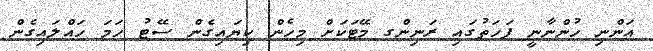
އަންނި ހުންނާނީ ފަހަތުގައި ރަނިންގ މޭޓަކަށް މިހެން ކިޔައިގެން ސޭޓު ހަމަ ހައްލައިގެން